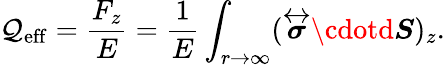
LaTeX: \mathcal{Q}_{\mathrm{{eff}}}=\frac{{F_{z}}}{{E}}=\frac{{1}}{{E}}\int_{r\to\infty}(\overleftrightarrow{{\boldsymbol{\sigma}}}\cdotd\boldsymbol{S})_{z}.